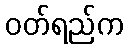
ဝတ်ရည်က